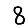
Digit: 8